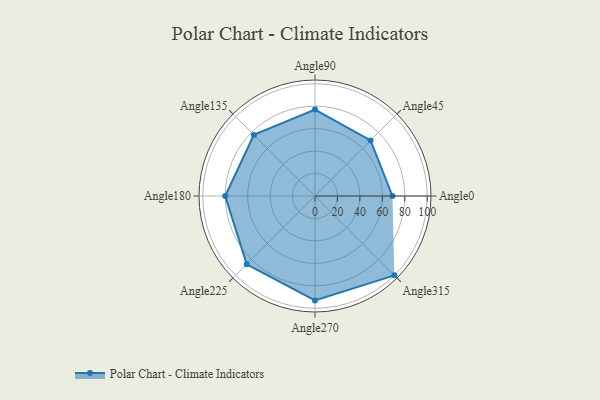
{"axis": {"x": "Angle", "y": "Radius"}, "legend": [""], "data": [{"x": "Angle0", "y": 69.0, "type": ""}, {"x": "Angle45", "y": 70.0, "type": ""}, {"x": "Angle90", "y": 77.0, "type": ""}, {"x": "Angle135", "y": 77.0, "type": ""}, {"x": "Angle180", "y": 80.0, "type": ""}, {"x": "Angle225", "y": 86.0, "type": ""}, {"x": "Angle270", "y": 93.0, "type": ""}, {"x": "Angle315", "y": 100.0, "type": ""}]}